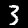
Label: 3